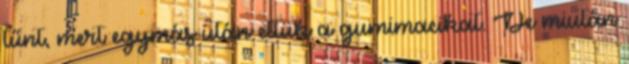
tűnt, mert egymás után ettük a gumimacikat. De miután